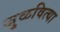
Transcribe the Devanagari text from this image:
जुळवित्या